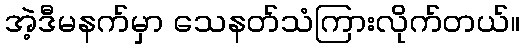
အဲ့ဒီမနက်မှာ သေနတ်သံကြားလိုက်တယ်။